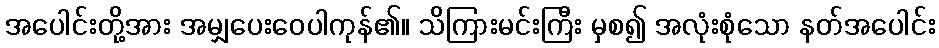
အပေါင်းတို့အား အမျှပေးဝေပါကုန်၏။ သိကြားမင်းကြီး မှစ၍ အလုံးစုံသော နတ်အပေါင်း